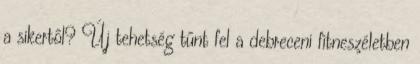
a sikertől? Új tehetség tűnt fel a debreceni fitneszéletben